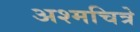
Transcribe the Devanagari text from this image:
अश्मचित्रे